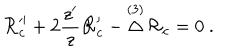
{ \cal R } _ { c } ^ { \prime \prime } + 2 { \frac { z ^ { \prime } } { z } } { \cal R } _ { c } ^ { \prime } - \mathop \Delta ^ { ( 3 ) } { \cal R } _ { c } = 0 \ .